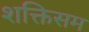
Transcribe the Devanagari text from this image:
शक्तिसम